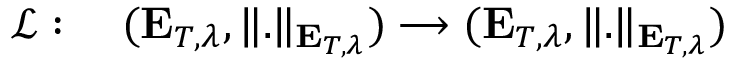
\begin{array} { r l } { \mathcal { L } : \; } & { { } ( \mathbf { E } _ { T , \lambda } , \Vert . \Vert _ { \mathbf { E } _ { T , \lambda } } ) \longrightarrow ( \mathbf { E } _ { T , \lambda } , \Vert . \Vert _ { \mathbf { E } _ { T , \lambda } } ) } \end{array}